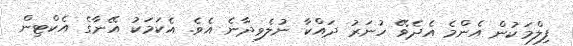
ފިލްމަކުން އެންމެ އެދެވޭ ހުނަރު ދައްކާ ނުލެވިދާނެ އެވެ. އެކަމަކު އޭނާގެ އެކްޓިން